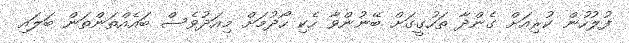
ފުލުހުން ކުރިއަށް ގެންދާ ތަހުގީގަށް ބޭނުންވާ ހެކި ހޯދުމަށް މިއަދުވެސް ބައެއްތަންތަން ބަލައި